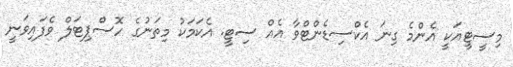
މިސީޓީއަކީ އެންމެ ގިނަ އެކްސިޑެންޓްވާ އެއް ސިޓީ. އެކަމަކު މިތަނުގެ ހޮސްޕިޓަލް ވެފައިވަނީ